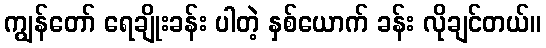
ကျွန်တော် ရေချိုးခန်း ပါတဲ့ နှစ်ယောက် ခန်း လိုချင်တယ်။